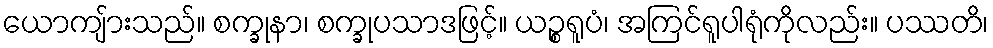
ယောကျ်ားသည်။ စက္ခုနာ၊ စက္ခုပသာဒဖြင့်။ ယဉ္စရူပံ၊ အကြင်ရူပါရုံကိုလည်း။ ပဿတိ၊